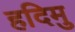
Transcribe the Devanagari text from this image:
हदिमु